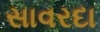
સાવરદા